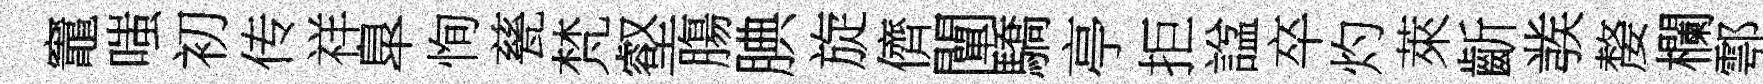
竈嗤初传祥臯恂甆梵壑膓腆旋儕闡驕亭拒諡卒灼萊齗彂嫠欄鄠